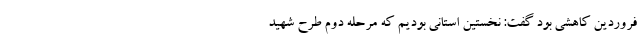
فروردین کاهشی بود گفت: نخستین استانی بودیم که مرحله دوم طرح شهید